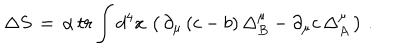
\Delta S \, = \, \alpha \, t r \int d ^ { 4 } x \, \left( \, \partial _ { \mu } \, ( c - b ) \, \Delta _ { B } ^ { \mu } - \partial _ { \mu } c \, \Delta _ { A } ^ { \mu } \, \right) \, .